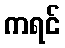
ကရင်